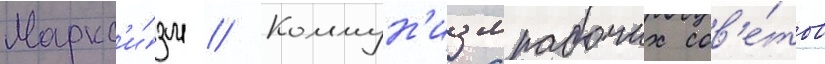
Маркс'и́зм // Коммун'измрабочих сов'е́тов